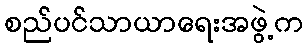
စည်ပင်သာယာရေးအဖွဲ့က